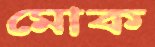
মোক